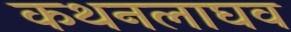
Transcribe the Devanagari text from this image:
कथनलाघव